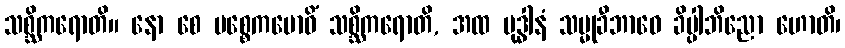
သစ္ဆိကရောတိ။ နော စေ ပစ္စေကဗောဓိံ သစ္ဆိကရောတိ, အထ ဗုဒ္ဓါနံ သမ္မုခီဘာဝေ ခိပ္ပါဘိညော ဟောတိ၊